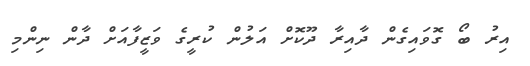
އިރު ބޯ ގޮވައިގެން ދާއިރާ ދޫކޮށް އަލުން ކުރީގެ ވަޒީފާއަށް ދާން ނިންމި